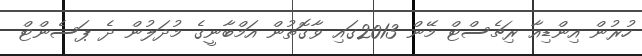
ހުރުން އިންޑިއާ ރިޗެސްޓް މޭން 2013ގައި ވާގޮތުން އަމްބާނީގެ މުދަލުން ދެ ޕަސެންޓް